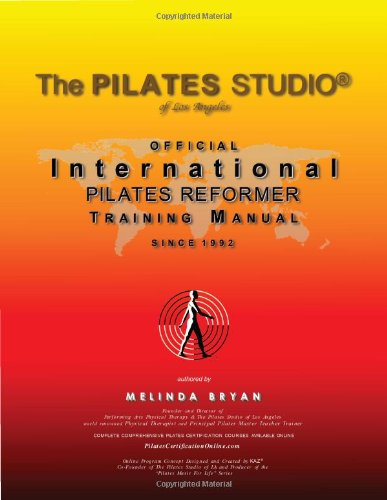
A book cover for Pilates REFORMER Training Manual (Official International Training Manual; Melinda Bryan; Health, Fitness & Dieting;